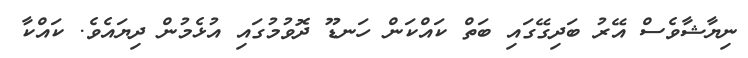
ނިޔާޝާވެސް އޭރު ބަދިގޭގައި ބަތް ކައްކަން ހަނޑޫ ދޮވުމުގައި އުޅެމުން ދިޔައެވެ. ކައްކާ